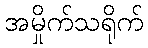
အမှိုက်သရိုက်